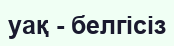
уақ - белгісіз